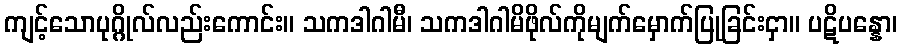
ကျင့်သောပုဂ္ဂိုလ်လည်းကောင်း။ သကဒါဂါမီ၊ သကဒါဂါမိဖိုလ်ကိုမျက်မှောက်ပြုခြင်းငှာ။ ပဋိပန္နော၊